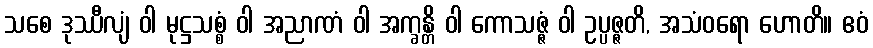
သစေ ဒုဿီလျံ ဝါ မုဋ္ဌသစ္စံ ဝါ အညာဏံ ဝါ အက္ခန္တိ ဝါ ကောသဇ္ဇံ ဝါ ဥပ္ပဇ္ဇတိ, အသံဝရော ဟောတိ။ ဧဝံ